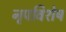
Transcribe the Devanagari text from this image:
नृपविशेष